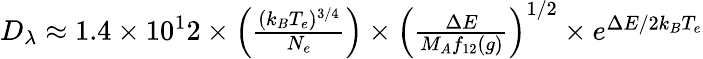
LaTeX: \begin{array}{r}{D_{\lambda}\approx 1.4\times 10^{1}2\times\left(\frac{(k_{B}T_{e})^{3/4}}{N_{e}}\right)\times\left(\frac{\Delta E}{M_{A}f_{12}(g)}\right)^{1/2}\times e^{\Delta E/2k_{B}T_{e}}}\end{array}